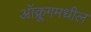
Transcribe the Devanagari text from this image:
ऑक्रूगमधील